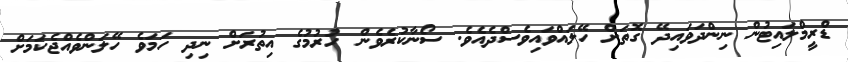
ޑްރީމްލައިޓުން ނިންދަވައިދޭ ގޮތަށް ހޭލައްވައިވެސްދެއެވެ. ސޯނާކުރެވެން ހުރުމުގެ އިތުރަށް ނިދި ހަމަވެ ހޭލަންވެއްޖެކަމަށް